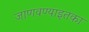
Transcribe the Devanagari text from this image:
जाणवण्याइतका